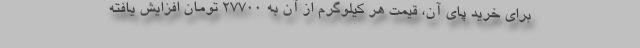
برای خرید پای آن، قیمت هر کیلوگرم از آن به ۲۷۷۰۰ تومان افزایش یافته